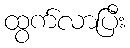
ထွက်လာပြီး